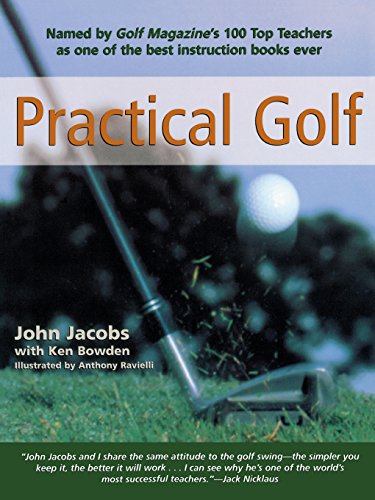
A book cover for Practical Golf; John Jacobs; Sports & Outdoors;